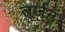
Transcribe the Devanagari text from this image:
तर्जनं